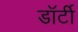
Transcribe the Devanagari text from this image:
डॉर्टी